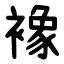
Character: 襐